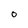
Character: o